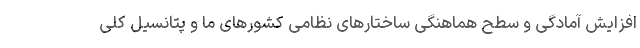
افزایش آمادگی و سطح هماهنگی ساختارهای نظامی کشورهای ما و پتانسیل کلی